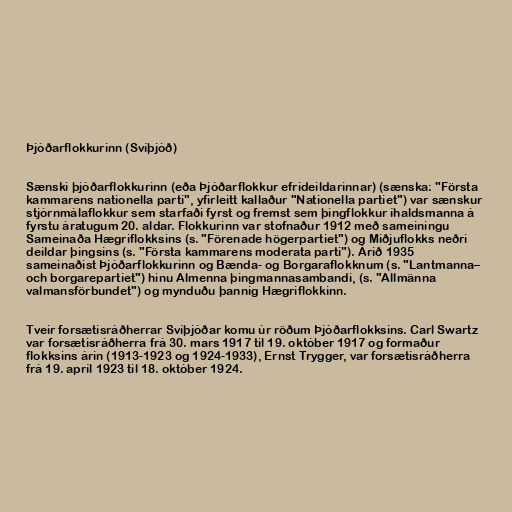
Þjóðarflokkurinn (Svíþjóð)

Sænski þjóðarflokkurinn (eða Þjóðarflokkur efrideildarinnar) (sænska: "Första
kammarens nationella parti", yfirleitt kallaður "Nationella partiet") var sænskur
stjórnmálaflokkur sem starfaði fyrst og fremst sem þingflokkur íhaldsmanna á
fyrstu áratugum 20. aldar. Flokkurinn var stofnaður 1912 með sameiningu
Sameinaða Hægriflokksins (s. "Förenade högerpartiet") og Miðjuflokks neðri
deildar þingsins (s. "Första kammarens moderata parti"). Árið 1935
sameinaðist Þjóðarflokkurinn og Bænda- og Borgaraflokknum (s. "Lantmanna–
och borgarepartiet") hinu Almenna þingmannasambandi, (s. "Allmänna
valmansförbundet") og mynduðu þannig Hægriflokkinn.

Tveir forsætisráðherrar Svíþjóðar komu úr röðum Þjóðarflokksins. Carl Swartz
var forsætisráðherra frá 30. mars 1917 til 19. október 1917 og formaður
flokksins árin (1913-1923 og 1924-1933), Ernst Trygger, var forsætisráðherra
frá 19. apríl 1923 til 18. október 1924.